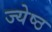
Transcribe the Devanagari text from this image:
ज्‍येष्‍ठ